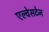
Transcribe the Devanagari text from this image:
एल्वेसटेन